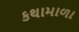
કથામાળા